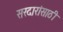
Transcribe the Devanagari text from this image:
सरदारांसाठी